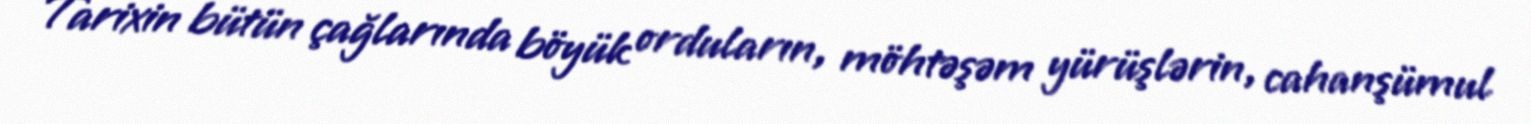
Tarixin bütün çağlarında böyük orduların, möhtəşəm yürüşlərin, cahanşümul